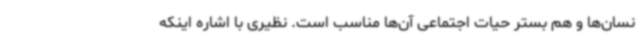
نسان‌ها و هم بستر حیات اجتماعی آن‌ها مناسب است. نظیری با اشاره اینکه